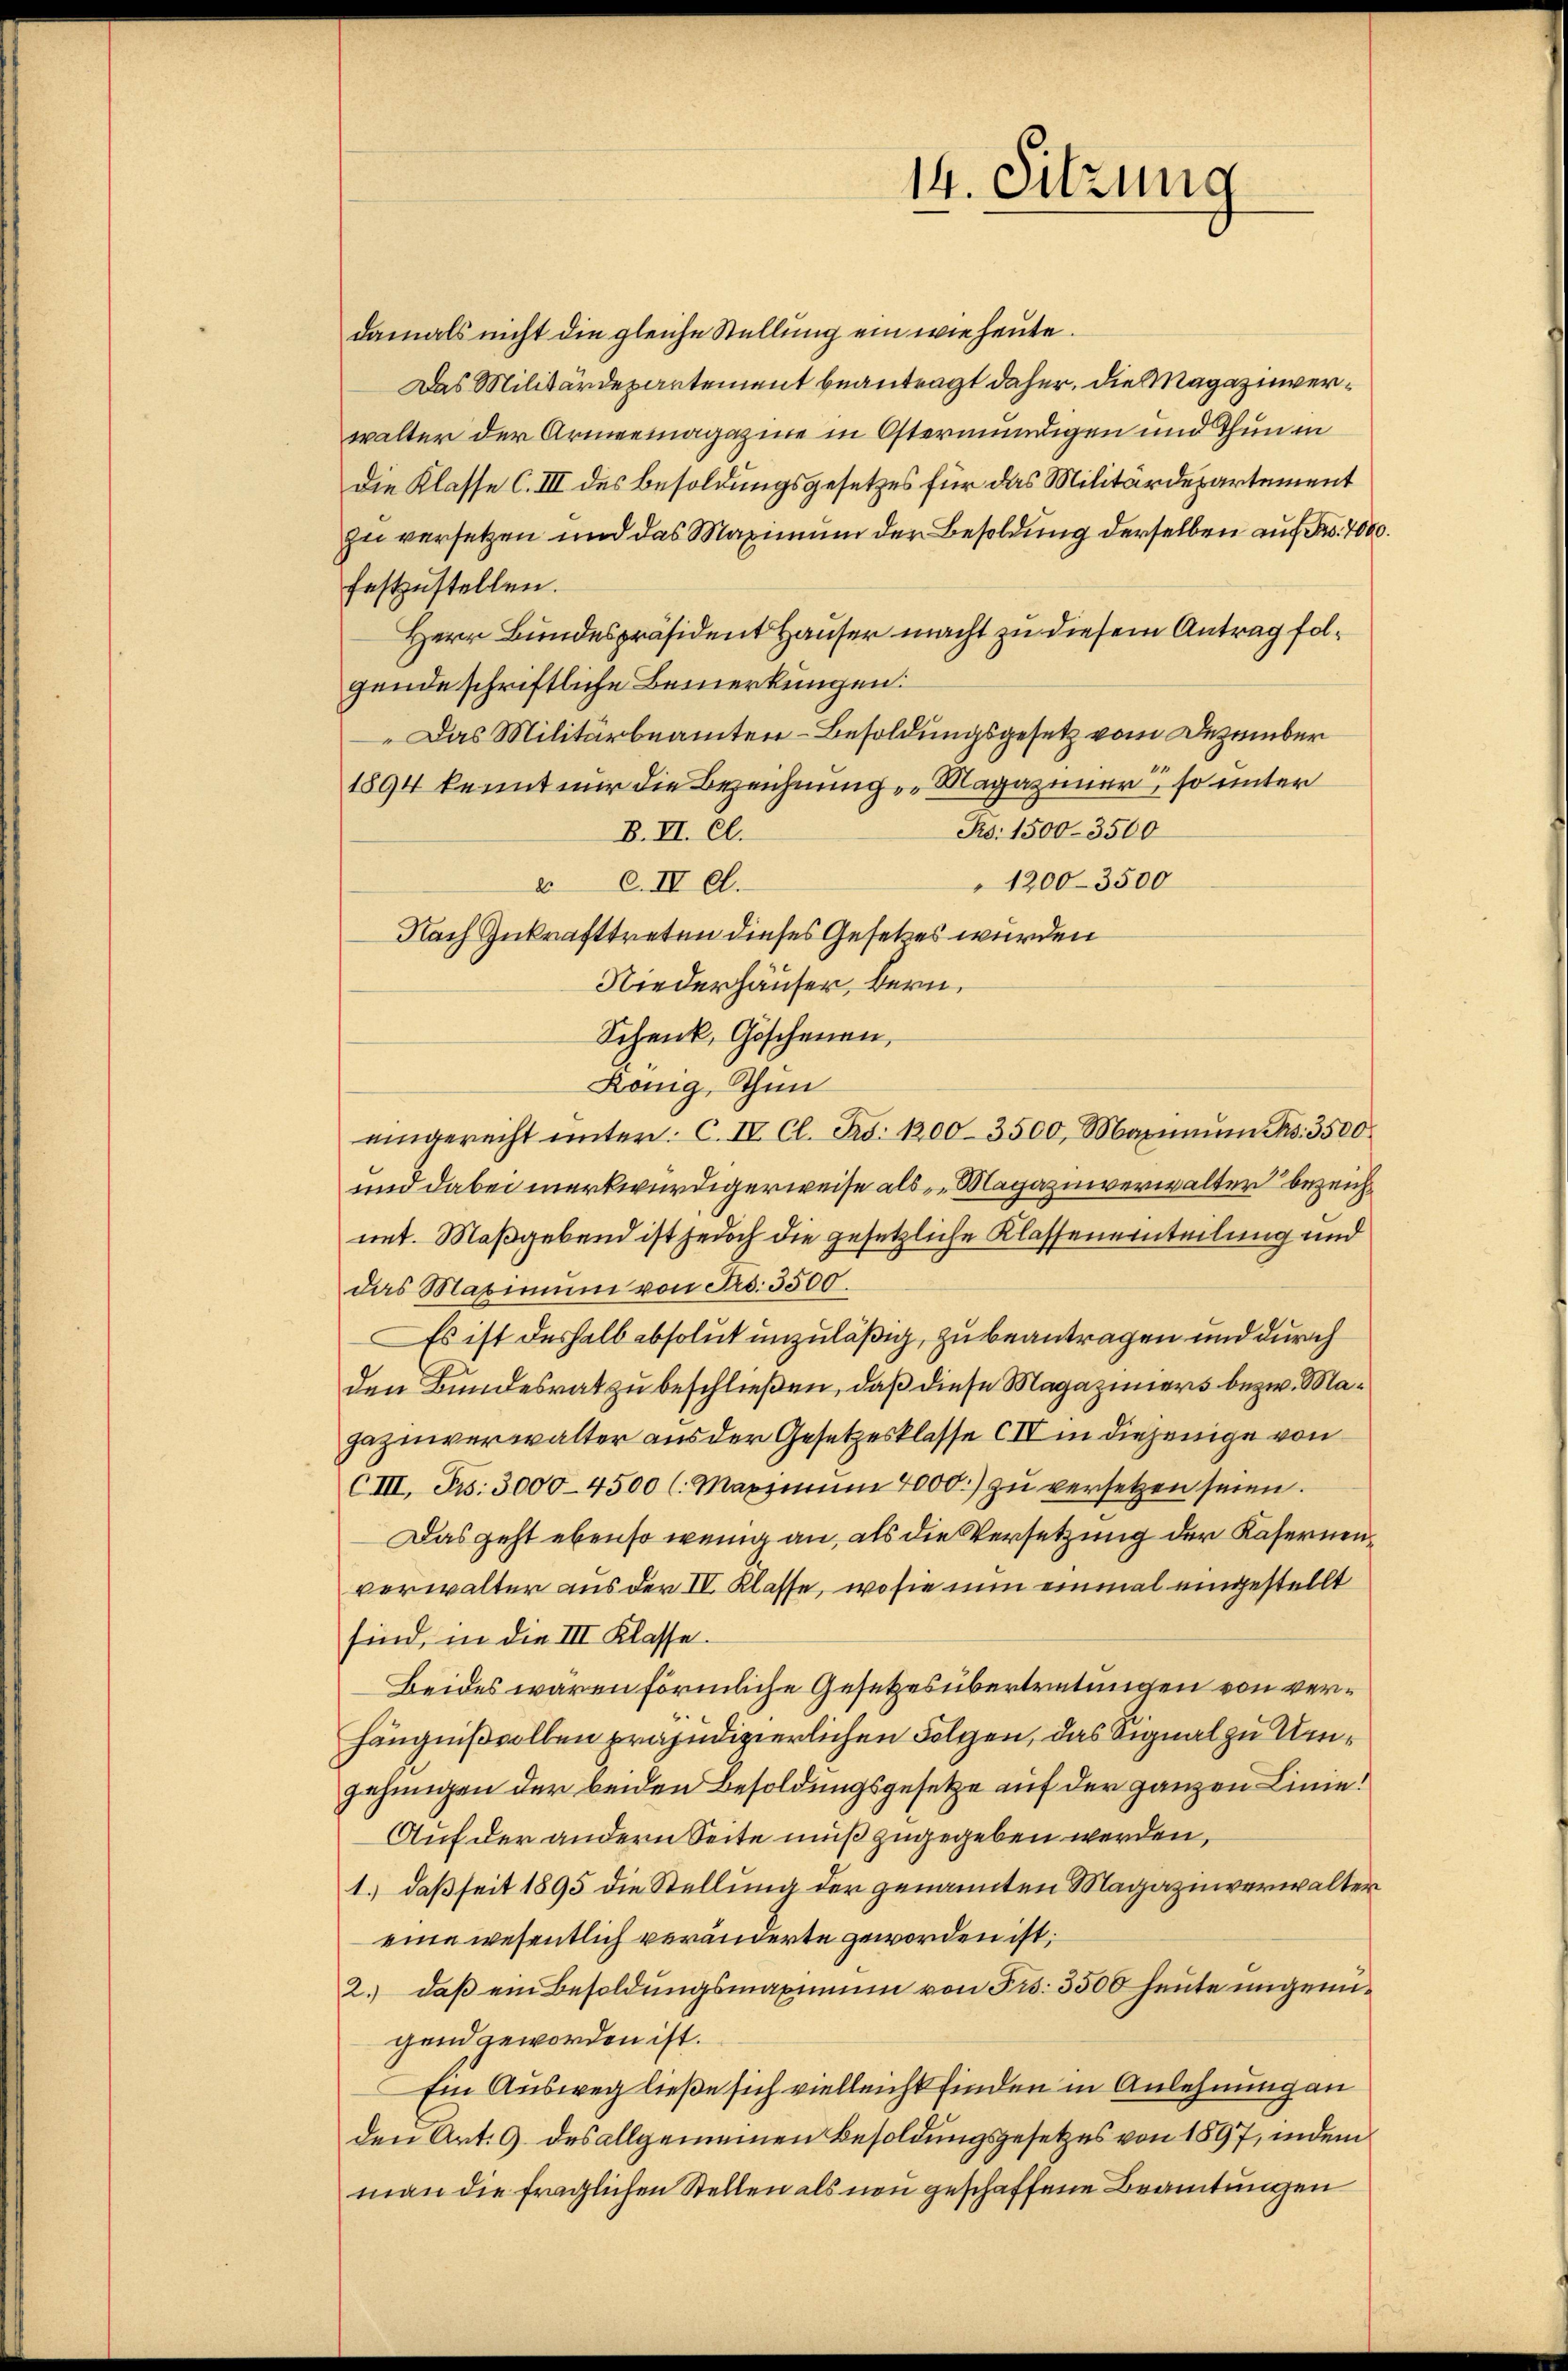
14. Sitzung

damals nicht die gleiche Stellung ein wie heute.
Das Militärdepartement beantragt daher, die Magazinverwalter der Armeemagazine in Östermündigen und Thun in
Die Klasse C. III des Besoldungsgesetzes für das Militärdepartement
zu versetzen und das Maximum der Besoldung derselben auf Fr. 7000.
festzustellen.
Herr Bundespräsident Hauser macht zu diesem Antrag folgende schriftliche Bemerkungen.
Das Militärbeamten-Besoldungsgesetz vom Dezember
1894 kennt nur die Bezeichnung Magaziner, so unter
Ro. 1500-3500
B. II. Cl.
1200–3500
c.IV el.
Nach Gekrafttreten dieses Gesetzes wurden
Niederhäuser, bern.
Schenk, Göschenen,
König, Thun
eingerecht ŭnter. C. IV Cl. Bd. 1200-3500 Maximŭm Pas. 3500
und dabei merkwürdigerweise als Magazinverwalter bezeicht
net. Maßgebend ist jedoch die gesetzliche Klasseneinteilung und
das Maximum von Frs. 3500.
Es ist deshalb absolut unzuläßig, zu beantragen und durch
den Bundesrat zu beschließen, daß diese Magaziners bezw. Magazinverwalter aus der Gesetzesklasse IV in diejenige von
CIII. Fr. 3000-4500 (: Maximŭm 4000.) zu versetzen seien.
Das geht ebenso wenig an, als die Versetzung der Kasernenverwalter aus der IV. Klasse, wo sie nun einmal eingestellt
sind, in die III Klasse.
Beides waren förmliche Gesetzesübertretungen von verhängnißvollen präjudizierlichen Folgen, das Signal zu Umjehingen der beiden Besoldungsgesetze auf der ganzen Linie¬
Auf der andern Seite muß zugegeben werden,
1.) daß seit 1895 die Stellung der genannten Magazinverwalter
eine wesentlich veränderte geworden ist,
2.) daß ein Besoldungsmaximum von Frs. 3500 heute ungengend geworden ist.
Ein Ausweg ließe sich vielleicht finden in Anlehnung an
den Art. 9. des allgemeinen Besoldungsgesetzes von 1897, indem
man die fraglichen Stellen als non geschaffene Beamtungen